Medical and sanitary report of the native army of Madras for the year
Year: 1872
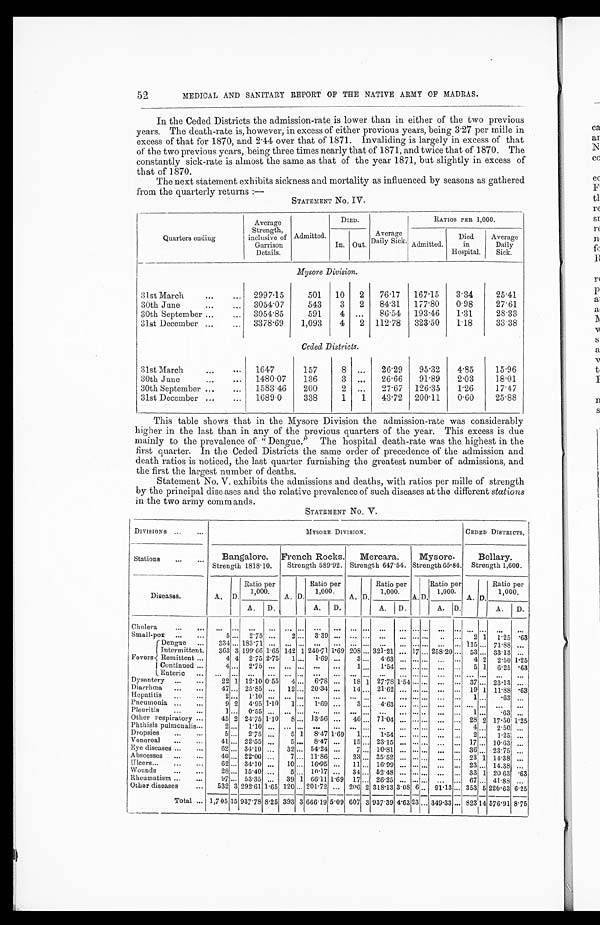
MEDICAL AND SANITARY REPORT OF THE NATIVE ARMY OF MADRAS.
In the Ceded Districts the admission-rate is lower than in either of the two previous
years. The death-rate is, however, in excess of either previous years, being 3 . 27 per mile in
excess of that for 1870, and 2.44 over that of 1871. Invaliding is largely in excess of that
of the two previous years, being three times nearly that of 1871, and twice that of 1870. The
constantly sick-rate is almost the same as that of the year 1871, but slightly in excess of
that of 1870.
The next statement exhibits sickness and mortality as influenced by seasons as gathered
from the quarterly returns :—
STATEMENT NO. IV.
Quarters ending
Average
Strength,
inclusive of
Garriso
n Details.
Admitted.
DIED.
Averag
e Daily Sick.
RATIOS PER 1,000.
In. Out.
Aumitted.
Died
in
Hospital.
Average
Daily
Sick.
Mysore Division.
31.st March
...
. . .
2997 . 15
501
10
2
76.17
167 . 15
3.34
25.41
30th June
...
...
3054 . 07
543
3
2
84.31
177.80
0.98
27.61
30th September ...
...
3054.85
591
4
...
86.54
193.46
1.31
28.33
31st December ...
...
3378.69
1,093
4
2
112.78
323.50
1.18
33.38
Ceded Districts.
31st March
...
1647
157
8
...
26 . 29
95 . 32
4 . 85
15.96
30th June
...
...
1480.07
136
3
...
26.66
91.89
2.03
18.01
30th September .,.
...
1583.46
200
2
...
27.67
126.35
1.26
17.47
31st December ...
...
1689.0
338
1
1
43.72
200.11
0.60
25.88
This table shows that in the Mysore Division the admission-rate was considerably
higher in the last than in any of the previous quarters of the year. This excess is due
mainly to the prevalence of " Dengue.' The hospital death-rate was the highest in the
first quarter. In the Ceded Districts the same order of precedence of the admission and
death ratios is noticed, the last quarter furnishing the greatest number of admissions, and
the first the largest number of deaths.
Statement No. V. exhibits the admissions and deaths, with ratios per mille of strength
by the principal disc ases and the relative prevalence of such diseases at the different stations
in the t wo army commands.
STATEMENT No. V .
DIVISIONS ...
...
MYSORE DIVISION.
CEDED DISTRICTS.
Stations
...
.. .
Bangalore.
Strength 1818.10.
French Rocks.
Strength 589.92.
Mercara.
Strength 647.54.
Mysore.
Strength 65.84.
Bellary.
Strength 1,600.
Diseases.
A. D.
Ratio per
1,000.
A. D.
Ratio per
1,000.
A. D.
Ratio per
1,000.
A. D.
Ratio per
1,000.
A. D.
1
Ratio per
1,000.
A.
D.
A.
D.
A.
D.
A. D.
A.
D.
Cholera
. . .
. . .
. . .
...
. . . . . .
. . .
. . .
. . .
. .
. . . ...
. . . . . .
. . .
. . .
. . .
. . .
. . .
...
S m a l l - P O X
. . .
5 ...
2.75 ...
2
3.39 ... ... ... ...
...
. . .
...... ... ...
2 1
1.25 .63
Dengue
...
3 3 4 . . .
1 8 3 . 7 1
. . . . . .
. . .
. . .
. . .
. . .
. . .
1 1 5
7 1 . 8 8
...
Intermittent.
363 3 199.6 1.65 142 1 240.71 1.69 208 ... 321 . 21 ... 17 .. 258.20
53 ... 33.13 ...
Fevers Remittent ...
4 4
2 . 75 2 .75
1 ...
1 . 69 ...
3 ...
4.3 ... ...... ...
. . .
4 2
2.50 1.25
Continued ...
4 . . . .
2 . 7 5
1 . . .
1 . 5 4
5 1
6.25 .63
E n t e r i c . . .
Dysentery . .
...
22 1 12.0 0.5
4 ..
6.8 ...
18 1 27.78 1.54 ...... ... ... 37 ... 23.3 ...
Diarrhea
...
...
47 ... 25.5 ...
12 ... 20.4 ...
14 ... 21.2 ... ...... ... ... 19 1 11.88 .63
Hepatitis
...
...
1 ...
. 6 3 ...
Pneumonia ...
...
9 2 4.95 1.10
1
1.69 ..
3 ...
4.63 ... ...... ... ... ... ... ...
...
Neuritis...
...
1
. 6 3
Other respiratory ...
45 2 24.75 1.10
8 ... 13.56 ...
46 ... 71.04 ... ...... ... ... 28 2 17.5 1.25
Phthisis pulmonalis...
2 . 5 0
Dropsies
...
...
5 ...
2.75 ...
5 1 8.47 1.69
1 ...
1.54 ... ..... ...
2 ...
1.25 ...
Venereal
...
41 ... 22.55 ...
5 ... 8.47 ...
15 ... 23.15 ...
. . . . . . ... ... 17 .. 10.63 ...
Eye diseases ...
...
62 ... 34.10 „.
32 ... 54.24 ...
7 ... 10.81 ... ...... ... ... 36 ... 23.75 ...
Abscesses
...
...
40 ... 22.00 ...
7 ... 11.86 ...
23 ... 35.52 ... ...... ... ... 23 1 14.38 ...
Ulcers...
...
...
62 ... 34.10 ...
10 ... 16.95 ...
11 .. 16.99 ... ...... ... ... 23 ... 14.38 ...
Wounds
...
...
28 ... 15.40 ...
5 ... 10.17 ...
34 ... 52.48 ... ...
...
... 33 1 20.63 .63
Rheumatism ...
...
97 ... 53.35 ...
39 1 66.11 1.69 17 ... 26.25 ... ...... ... ... 67 ... 41.88 ..
Other diseases
...
532 3 292.61 1.65 120 ... 201.72 ... 206 2 318.13 3.08 6 .. 91.13 ... 353 5 220.63 6.25
Total ... 1,705 15 937.78 8.25 393 3 666.19 5.09 607 3 937.39 4.63 2 3 ... 349.33 ... 823
I 4
576.91 8.75
52